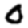
Digit: 0